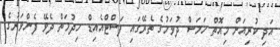
އަދި ކުރިއަށް މިއޮތް ހަމަސް ދުވަހުގެ ތެރޭގައި ފަސްޓްއެއިޑް ހިދުމަތް ދެވޭ ފެންވަރުގެ